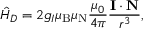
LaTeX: { \hat { H } } _ { D } = 2 g _ { I } \mu _ { \mathrm { B } } \mu _ { \mathrm { N } } { \frac { \mu _ { 0 } } { 4 \pi } } { \frac { \mathbf { I } \cdot \mathbf { N } } { r ^ { 3 } } } ,